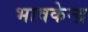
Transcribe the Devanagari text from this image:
भावकेन्द्र